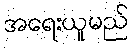
အရေးယူမည်